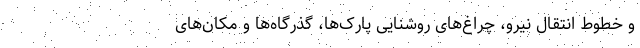
و خطوط انتقال نیرو، چراغ‌های روشنایی پارک‌ها، گذرگاه‌ها و مکان‌های